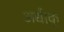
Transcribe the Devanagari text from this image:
अधीक्